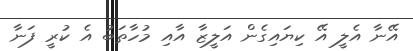
އޭނާ އެލީ އޭ ކިޔައިގެން އަލީޒާ އާއި މުހާތަބު އެ ކުރީ ފަނާ